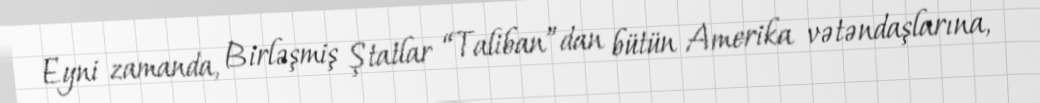
Eyni zamanda, Birləşmiş Ştatlar “Taliban”dan bütün Amerika vətəndaşlarına,